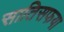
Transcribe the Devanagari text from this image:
सातिसफया